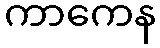
ကာကေန